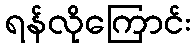
ရန်လိုကြောင်း